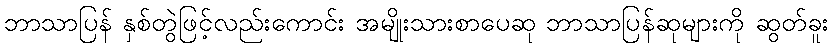
ဘာသာပြန် နှစ်တွဲဖြင့်လည်းကောင်း အမျိုးသားစာပေဆု ဘာသာပြန်ဆုများကို ဆွတ်ခူး